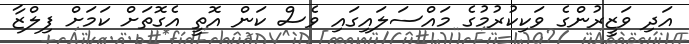
އަދި ވަޒީރުންގެ ވަކިކުރުމުގެ މައްސަލައިގައި ވެސް ކަން އޮތީ އެގޮތަށް ކަމަށް ފިލްޒާ